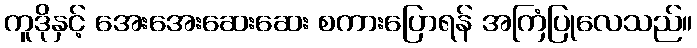
ကူဒိုနှင့် အေးအေးဆေးဆေး စကားပြောရန် အကြံပြုလေသည်။